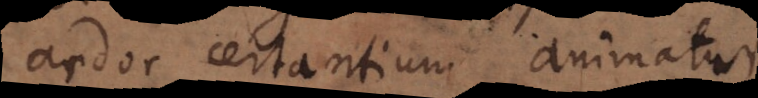
ardor certantium animatur.